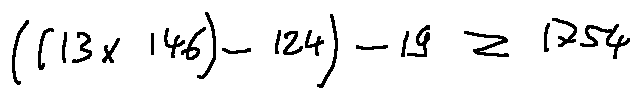
( ( 1 3 \times 1 4 6 ) - 1 2 4 ) - 1 9 \geq 1 7 5 4